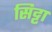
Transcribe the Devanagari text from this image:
सिट्टा